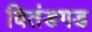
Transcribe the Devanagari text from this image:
वितंडगड